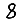
Digit: 8